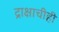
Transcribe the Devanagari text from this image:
द्राक्षाचीही